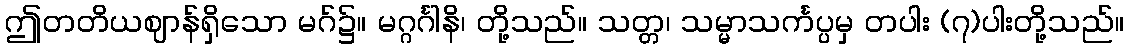
ဤတတိယဈာန်ရှိသော မဂ်၌။ မဂ္ဂင်္ဂါနိ၊ တို့သည်။ သတ္တ၊ သမ္မာသင်္ကပ္ပမှ တပါး (၇)ပါးတို့သည်။